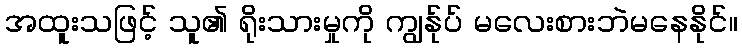
အထူးသဖြင့် သူ၏ ရိုးသားမှုကို ကျွန်ုပ် မလေးစားဘဲမနေနိုင်။